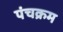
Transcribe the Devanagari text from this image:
पंचक्रम